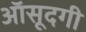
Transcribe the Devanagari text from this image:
आॅसूदगी